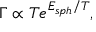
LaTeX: \Gamma \propto T e ^ { E _ { s p h } / T } ,